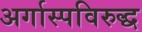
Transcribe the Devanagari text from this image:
अर्गास्पविरुद्ध